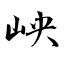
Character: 岟